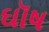
ઘૉષ